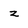
Character: z